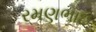
રમણભાઇ